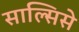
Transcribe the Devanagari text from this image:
साल्सिसे